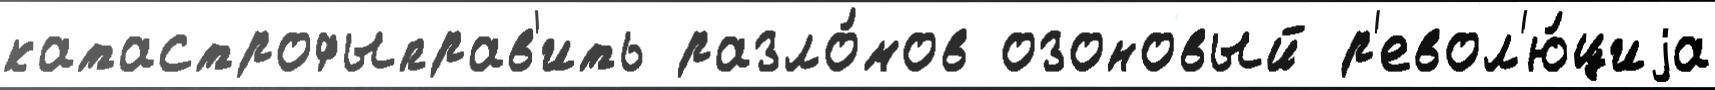
катастрофыправ'ить разло́мов озоновый р'евол'ю́циjа